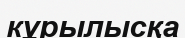
кұрылысқа